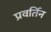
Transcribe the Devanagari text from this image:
प्रवर्तिन